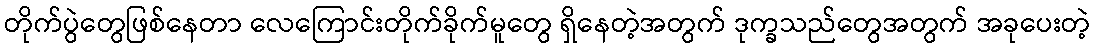
တိုက်ပွဲတွေဖြစ်နေတာ လေကြောင်းတိုက်ခိုက်မူတွေ ရှိနေတဲ့အတွက် ဒုက္ခသည်တွေအတွက် အခုပေးတဲ့